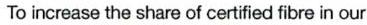
To increase the share of certified fibre in our